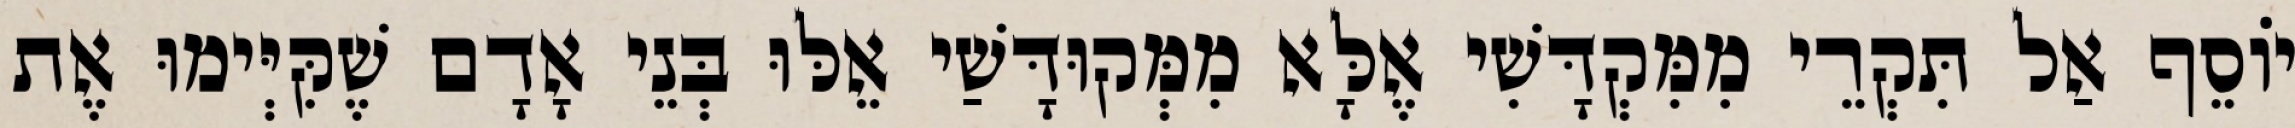
יוֹסֵף אַל תִּקְרֵי מִמִּקְדָּשִׁי אֶלָּא מִמְּקוּדָּשַׁי אֵלּוּ בְּנֵי אָדָם שֶׁקִּיְּימוּ אֶת